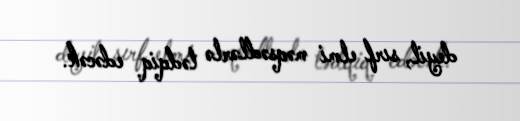
deyil, sırf elmi məqsədlərlə tədqiq edəcək.